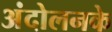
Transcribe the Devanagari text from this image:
अंदोलनके